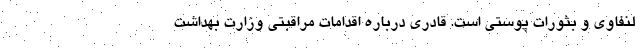
لنفاوی و بثورات پوستی است. قادری درباره اقدامات مراقبتی وزارت بهداشت